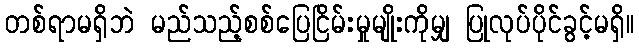
တစ်ရာမရှိဘဲ မည်သည့်စစ်ပြေငြိမ်းမှုမျိုးကိုမျှ ပြုလုပ်ပိုင်ခွင့်မရှိ။